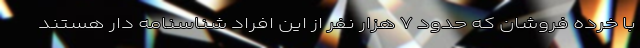
با خرده فروشان که حدود ۷ هزار نفر از این افراد شناسنامه دار هستند